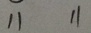
1 1 1 1